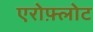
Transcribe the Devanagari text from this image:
एरोफ़्लोट